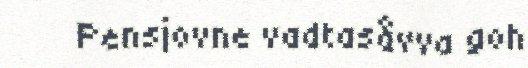
Pensjovne vadtasåvva goh